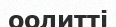
оолитті